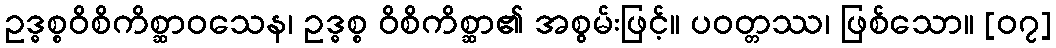
ဥဒ္ဓစ္စဝိစိကိစ္ဆာဝသေန၊ ဥဒ္ဓစ္စ ဝိစိကိစ္ဆာ၏ အစွမ်းဖြင့်။ ပဝတ္တဿ၊ ဖြစ်သော။ [၀၇]